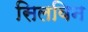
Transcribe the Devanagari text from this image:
सिलविन